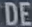
DE